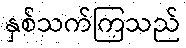
နှစ်သက်ကြသည်